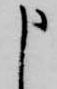
申